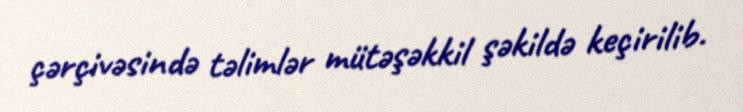
çərçivəsində təlimlər mütəşəkkil şəkildə keçirilib.